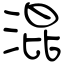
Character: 混